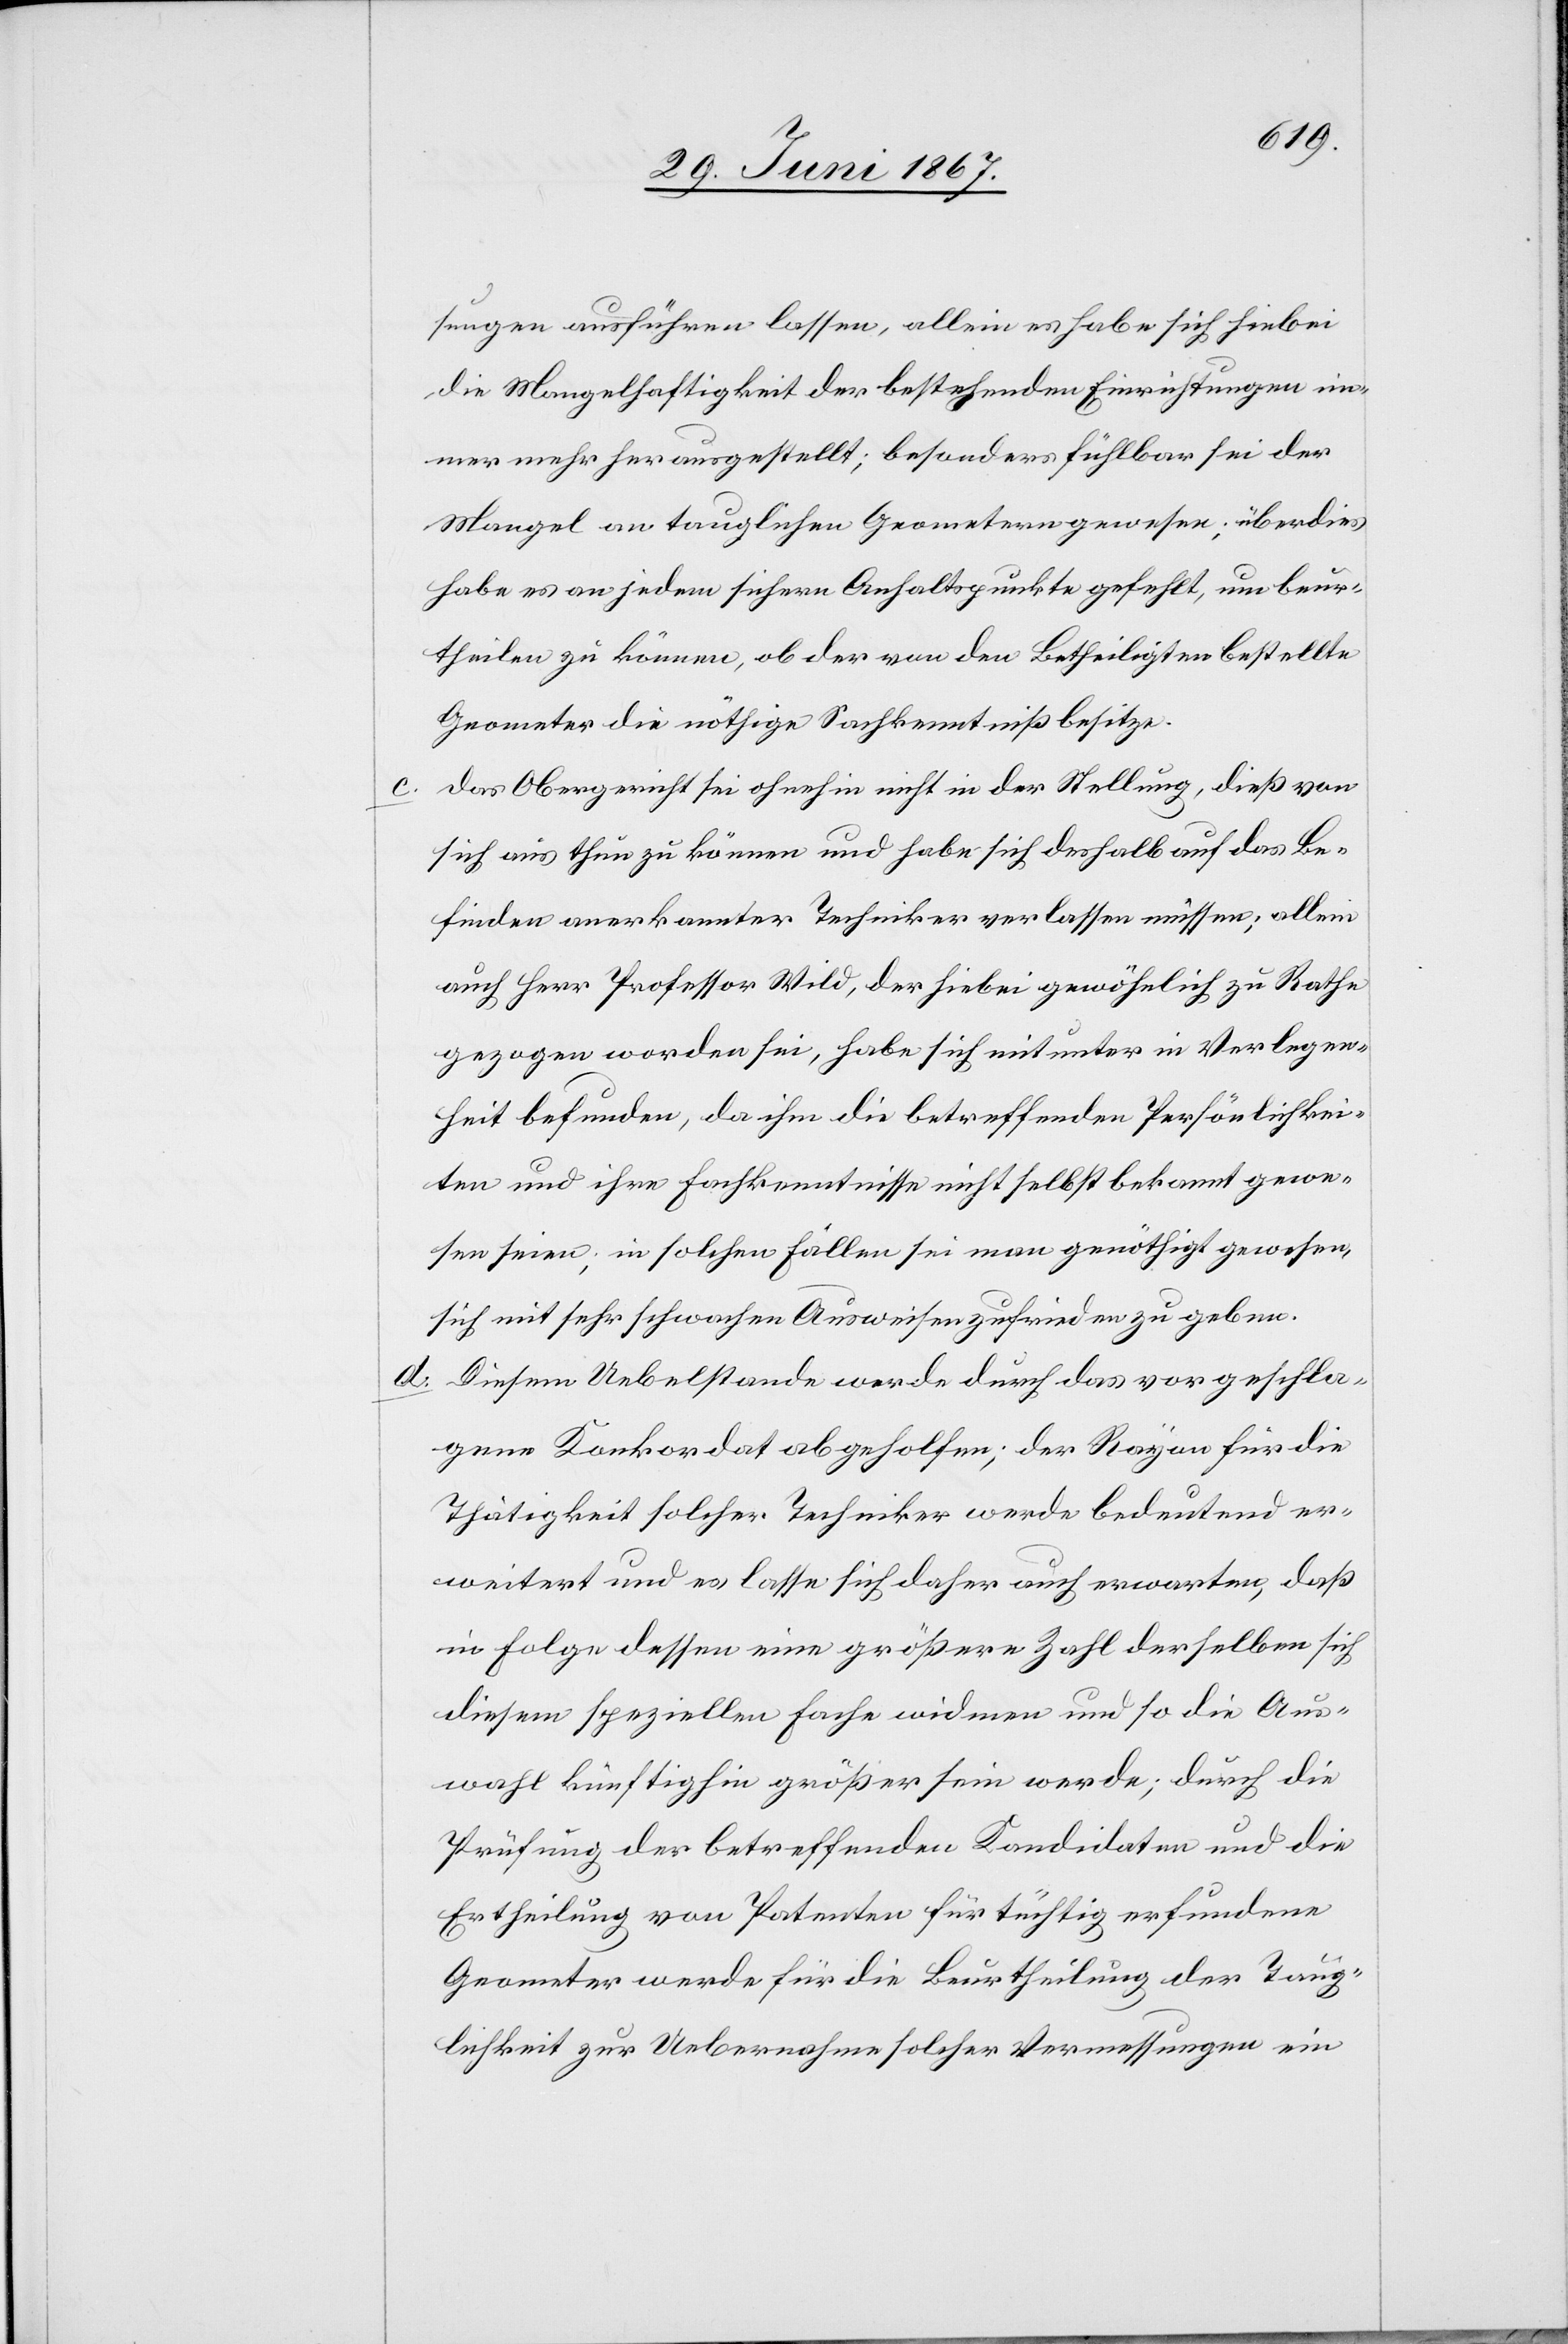
sungen ausführen lassen, allein es habe sich hiebei
die Mangelhaftigkeit der bestehenden Einrichtungen im¬
mer mehr herausgestellt; besonders fühlbar sei der
Mangel an tauglichen Geometern gewesen; überdies
habe es an jedem sichern Anhaltspunkte gefehlt, um beur¬
theilen zu können, ob der von den Betheiligten bestellte
Geometer die nöthige Sachkenntniß besitze.
das Obergericht sei ohnehin nicht in der Stellung, dieß von
sich aus thun zu können und habe sich deshalb auf das Be¬
finden anerkannter Techniker verlassen müssen; allein
auch Herr Professor Wild, der hiebei gewöhnlich zu Rathe
gezogen worden sei, habe sich mitunter in Verlegen¬
heit befunden, da ihm die betreffenden Persönlichkei¬
ten und ihre Fachkenntnisse nicht selbst bekannt gewe¬
sen seien; in solchen Fällen sei man genöthigt gewesen,
sich mit sehr schwachen Ausweisen zufrieden zu geben.
d. Diesem Uebelstande werde durch das vorgeschla¬
gene Konkordat abgeholfen; der Rayon für die
Thätigkeit solcher Techniker werde bedeutend er¬
weitert und es lasse sich daher auch erwarten, daß
in Folge dessen eine größere Zahl derselben sich
diesem speziellen Fache widmen und so die Aus¬
wahl künftighin größer sein werde; durch die
Prüfung der betreffenden Kandidaten und die
Ertheilung von Patenten für tüchtig erfundene
Geometer werde für die Beurtheilung der Taug¬
lichkeit zur Uebernahme solcher Vermessungen ein